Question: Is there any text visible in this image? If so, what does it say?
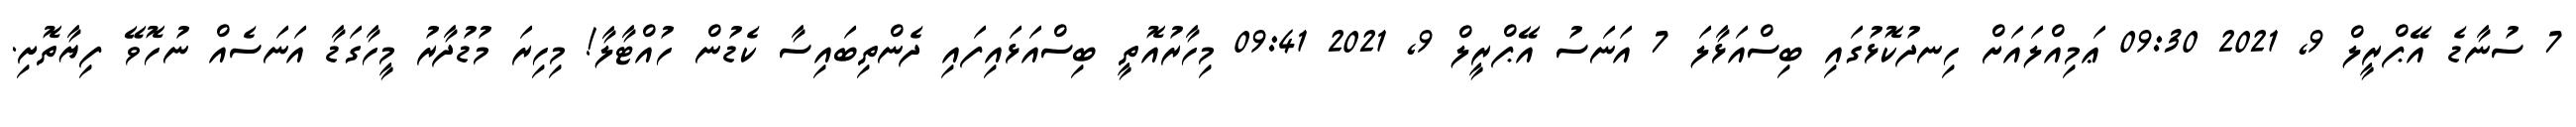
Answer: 7 ސުނާޑެ އޭޕްރީލް 9, 2021 09:30 ޢަމިއްލައަށް ހިނދުކޮޅުގައި ބިސްއަޅާލަ 7 އަނަސު އޭޕްރީލް 9, 2021 09:41 މިހާރުއޮތީ ބިސްއަޅައިފައި ދެންތިބައިސާ ކެޑުން ހުއްޓާލާ! މިހިރަ މުޑުދާރު މީހާގަޑާ އަނަސެއް ނުހޮވޭ ފިޔާތޮށި.